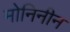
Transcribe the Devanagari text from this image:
मोनिनीन